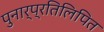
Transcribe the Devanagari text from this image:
पुनार्प्रतिलिपित